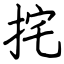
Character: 挓